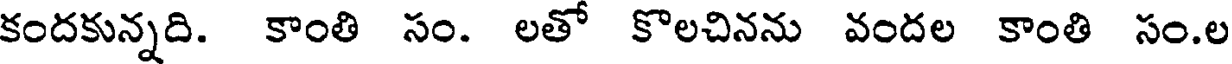
కందకున్నది. కాంతి సం. లతో కొలచినను వందల కాంతి సం.ల